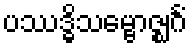
ပဿဒ္ဓိသမ္ဗောဇ္ဈင်္ဂံ